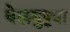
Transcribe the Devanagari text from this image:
वेलबुट्ट्या